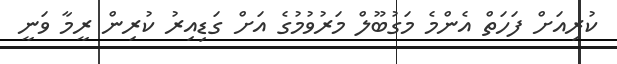
ކުރިއަށް ފަހަތް އެންމެ މަގުބޫލް މަރުވުމުގެ އަށް ގަޑިއިރު ކުރިން ރީމާ ވަނީ